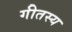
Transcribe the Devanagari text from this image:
गीतस्य